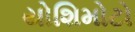
યોશિમોટો